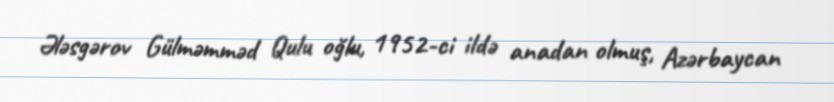
Ələsgərov Gülməmməd Qulu oğlu, 1952-ci ildə anadan olmuş, Azərbaycan